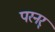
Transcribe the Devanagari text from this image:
परनर्